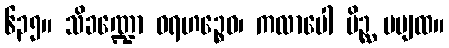
၆၃၅။ သိခဏ္ဍော ဝရဟဉ္စေဝ၊ ကလာပေါ ပိဉ္ဆ မပျထ။